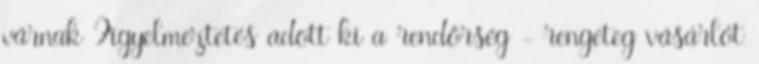
várnak Figyelmeztetés adott ki a rendőrség - rengeteg vásárlót